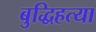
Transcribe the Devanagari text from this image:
बुद्धिहत्या